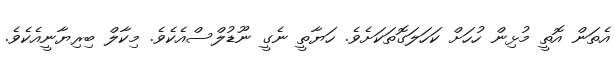
އެތަން އޮތީ މުޅިން ހުހަށް ކަހަލަގޮތަކަށެވެ. ހަޔާތީ ނެގީ ނޫޑުލްސްއެކެވެ. މިކާލް ބިރިޔާނީއެކެވެ.